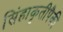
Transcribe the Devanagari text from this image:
सिंहाकृतीपैकी